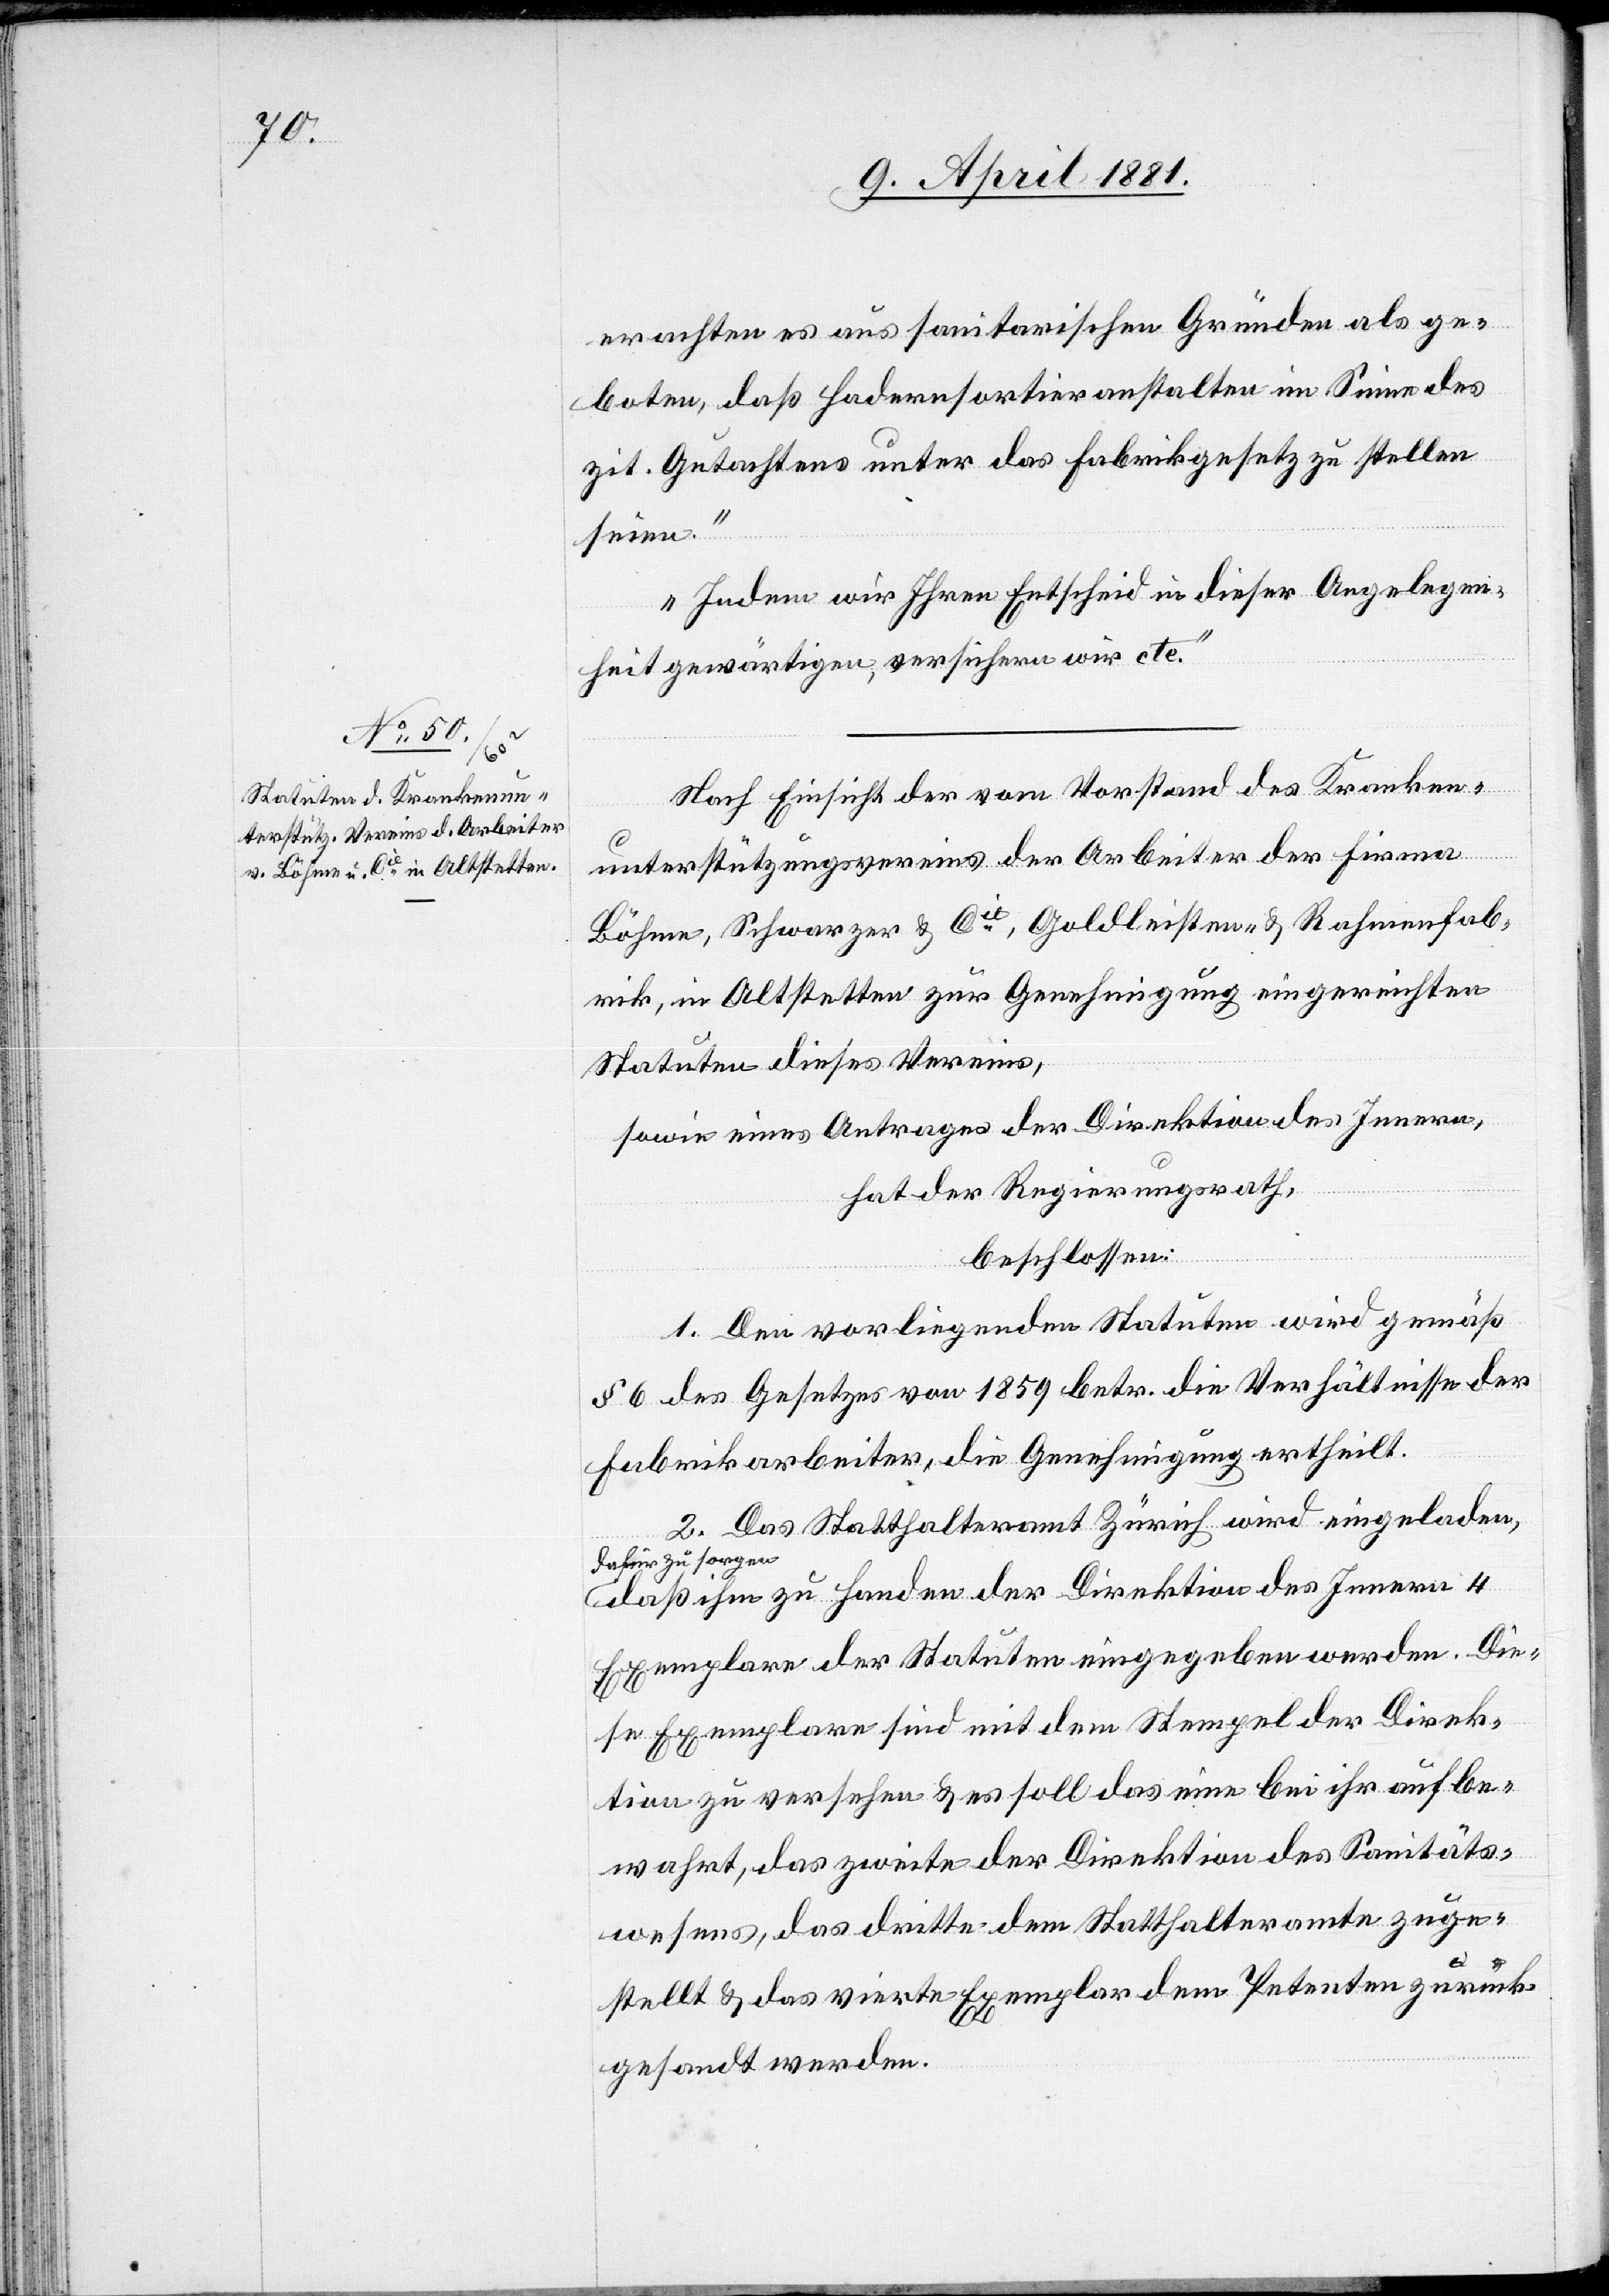
erachten es aus sanitarischen Gründen als ge¬
boten, daß Hadernsortiranstalten im Sinne des
zit. Gutachtens unter das Fabrikgesetz zu stellen
seien.
Indem wir Ihren Entscheid in dieser Angelegen¬
heit gewärtigen, versichern wir etc.“
Nach Einsicht der vom Vorstand des Kranken¬
unterstützungsvereins der Arbeiter der Firmen
Böhme, Schwarzer & Cie, Goldleisten- & Rahmenfab¬
rik, in Altstetten zur Genehmigung eingereichten
Statuten dieses Vereins,
sowie eines Antrages der Direktion des Innern,
hat der Regierungsrath,
beschlossen:
1. Den vorliegenden Statuten wird gemäß
§ 6 des Gesetzes von 1859 betr. die Verhältnisse der
Fabrikarbeiter, die Genehmigung ertheilt.
2. Das Statthalteramt Zürich wird eingeladen,
dafür zu sorgen,
daß ihm zu Handen der Direktion des Innern 4
Exemplare der Statuten eingegeben werden. Die¬
se Exemplare sind mit dem Stempel der Direk¬
tion zu versehen & es soll das eine bei ihr aufbe¬
wahrt, das zweite der Direktion des Sanitäts¬
wesens, das dritte dem Statthalteramt zuge¬
stellt & das vierte Exemplar dem Petenten zurück¬
gesendet werden.